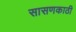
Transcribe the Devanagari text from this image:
सासणकाठी